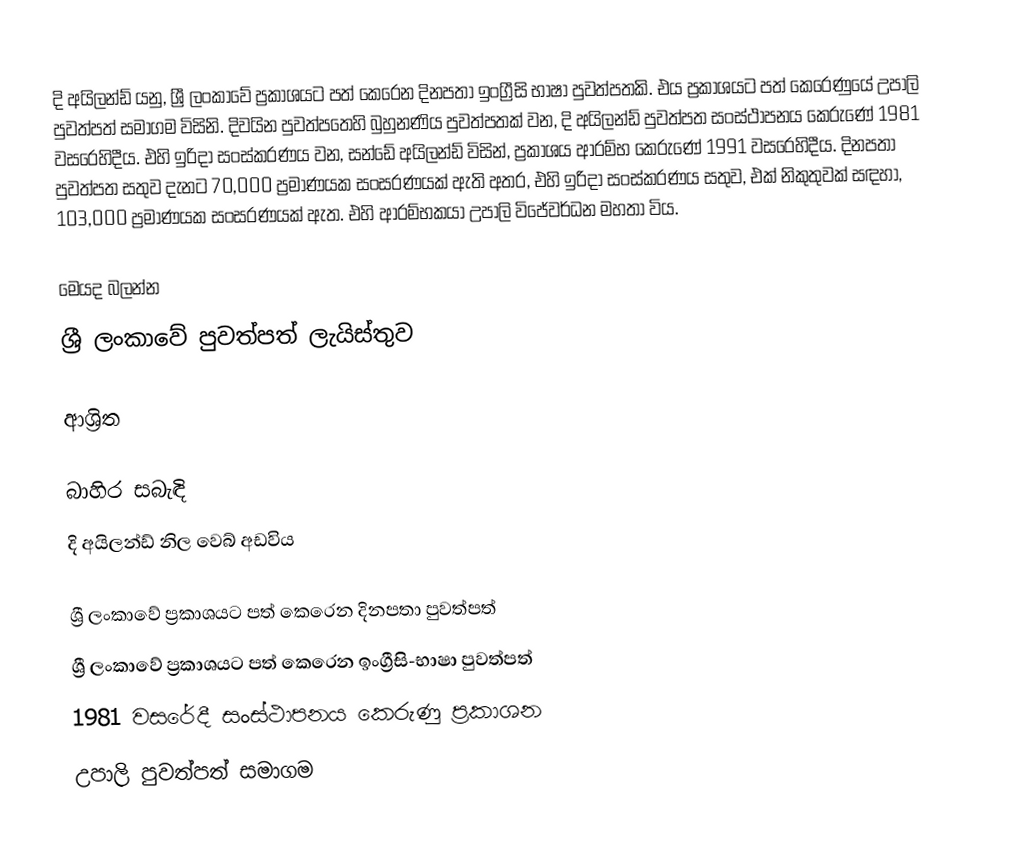
දි අයිලන්ඩ් යනු,  ශ්‍රී ලංකාවේ ප්‍රකාශයට පත් කෙරෙන දිනපතා ඉංග්‍රීසි භාෂා පුවත්පතකි. එය ප්‍රකාශයට පත් කෙරෙණුයේ  උපාලි පුවත්පත් සමාගම විසිනි. දිවයින පුවත්පතෙහි බුහුනණිය පුවත්පතක් වන, දි අයිලන්ඩ් පුවත්පත සංස්ථාපනය කෙරුණේ  1981 වසරෙහිදීය. එහි ඉරිදා සංස්කරණය වන, සන්ඩේ අයිලන්ඩ් විසින්, ප්‍රකාශය ආරම්භ කෙරුණේ 1991 වසරෙහිදීය. දිනපතා පුවත්පත සතුව දැනට  70,000 ප්‍රමාණයක සංසරණයක් ඇති අතර,  එහි ඉරිදා සංස්කරණය සතුව, එක් නිකුතුවක් සඳහා, 103,000 ප්‍රමාණයක සංසරණයක් ඇත. එහි ආරම්භකයා උපාලි විජේවර්ධන මහතා විය.

මෙයද බලන්න
ශ්‍රී ලංකාවේ පුවත්පත් ලැයිස්තුව

ආශ්‍රිත

බාහිර සබැඳි
දි අයිලන්ඩ් නිල වෙබ් අඩවිය

ශ්‍රී ලංකාවේ ප්‍රකාශයට පත් කෙරෙන දිනපතා පුවත්පත්
 ශ්‍රී ලංකාවේ ප්‍රකාශයට පත් කෙරෙන ඉංග්‍රීසි-භාෂා පුවත්පත්
 1981 වසරේදී සංස්ථාපනය කෙරුණු ප්‍රකාශන
උපාලි පුවත්පත් සමාගම